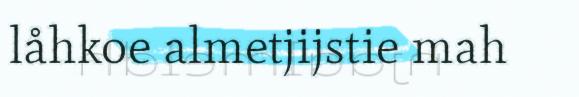
låhkoe almetjijstie mah